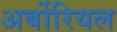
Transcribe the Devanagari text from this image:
अर्बोरियल